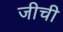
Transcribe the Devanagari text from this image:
जीची